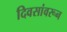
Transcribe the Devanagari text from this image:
दिवसांवरून